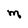
Character: M